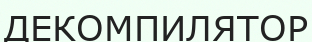
ДЕКОМПИЛЯТОР